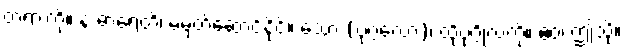
တရားကို။ န ဓာရေတိ၊ မမှတ်ဆောင်နိုင်။ သော (ပုဂ္ဂလော)၊ ထိုပုဂ္ဂိုလ်ကို။ ဧဝံ၊ ဤသို့။